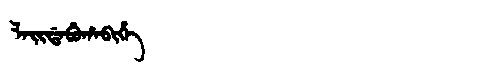
Manchu: ᠯᠠᡳᡩᠠᠪᡠᡥᠠᠪᡳᡥᡝ
Romanization: LAIDABUHABIHE